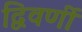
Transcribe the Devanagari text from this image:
द्विवर्णी